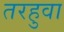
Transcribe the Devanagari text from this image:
तरहुवा